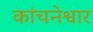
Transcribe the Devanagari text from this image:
कांचनेश्वार